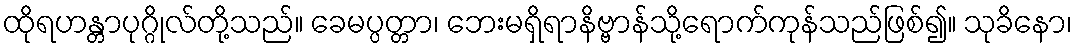
ထိုရဟန္တာပုဂ္ဂိုလ်တို့သည်။ ခေမပ္ပတ္တာ၊ ဘေးမရှိရာနိဗ္ဗာန်သို့ရောက်ကုန်သည်ဖြစ်၍။ သုခိနော၊